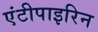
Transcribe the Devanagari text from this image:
एंटीपाइरिन